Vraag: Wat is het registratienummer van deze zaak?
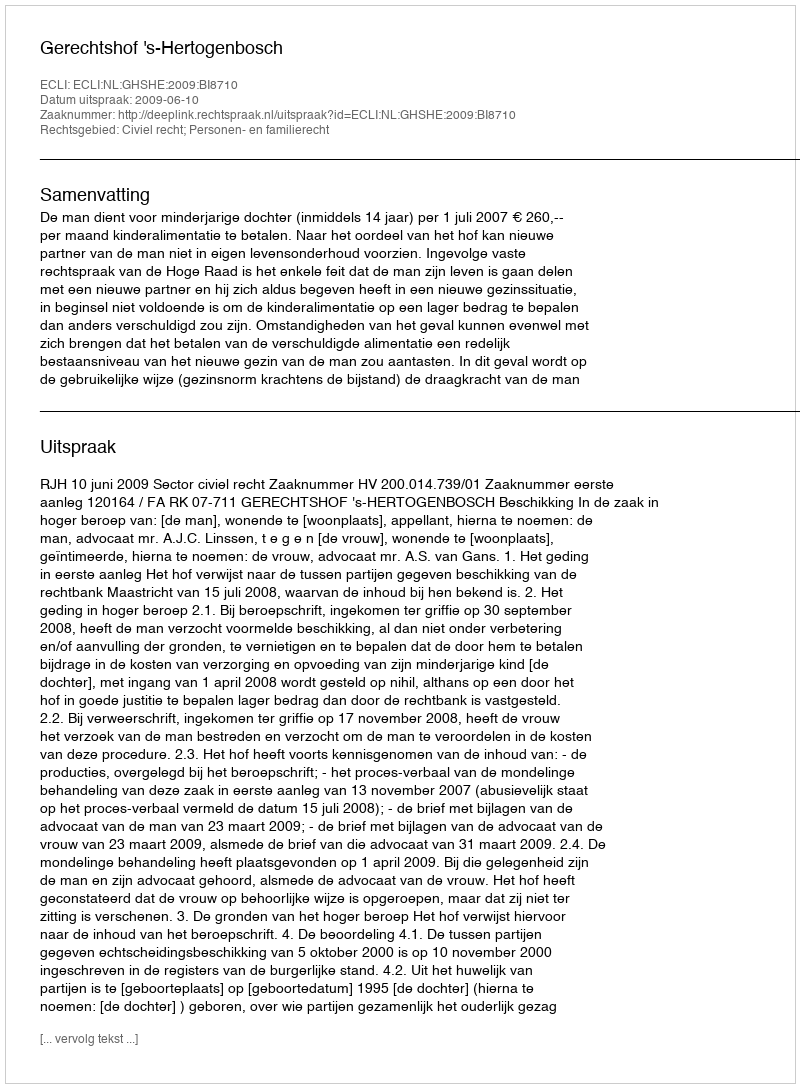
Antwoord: http://deeplink.rechtspraak.nl/uitspraak?id=ECLI:NL:GHSHE:2009:BI8710